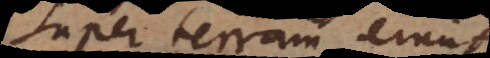
super terram erunt